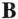
B